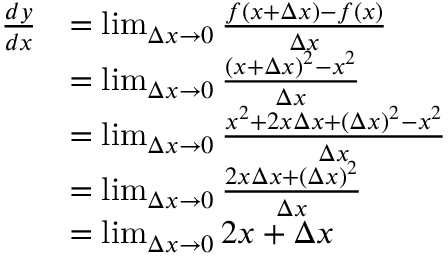
{ \begin{array} { r l } { { \frac { d y } { d x } } } & { = \operatorname* { l i m } _ { \Delta x \to 0 } { \frac { f ( x + \Delta x ) - f ( x ) } { \Delta x } } } \\ & { = \operatorname* { l i m } _ { \Delta x \to 0 } { \frac { ( x + \Delta x ) ^ { 2 } - x ^ { 2 } } { \Delta x } } } \\ & { = \operatorname* { l i m } _ { \Delta x \to 0 } { \frac { x ^ { 2 } + 2 x \Delta x + ( \Delta x ) ^ { 2 } - x ^ { 2 } } { \Delta x } } } \\ & { = \operatorname* { l i m } _ { \Delta x \to 0 } { \frac { 2 x \Delta x + ( \Delta x ) ^ { 2 } } { \Delta x } } } \\ & { = \operatorname* { l i m } _ { \Delta x \to 0 } 2 x + \Delta x } \end{array} }